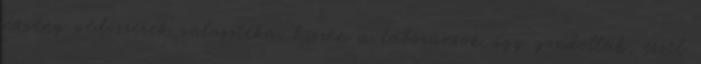
növény védőszerek választéka, hiszen a laboránsok úgy gondolták, ezzel